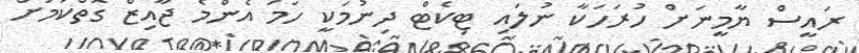
ރައީސް ޔާމީނަށް ހުރަހަކާ ނުލައި ޓިކެޓް ދިނުމަކީ ހަމަ އެންމެ ޖާއިޒް ގޮތްކަމަށް